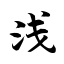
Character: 浅